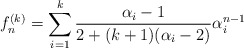
\begin{align*}f^{(k)}_n = \displaystyle \sum_{i=1}^{k} \dfrac{\alpha_i - 1}{2+(k+1)(\alpha_i - 2)} \alpha_i^{n-1} \end{align*}